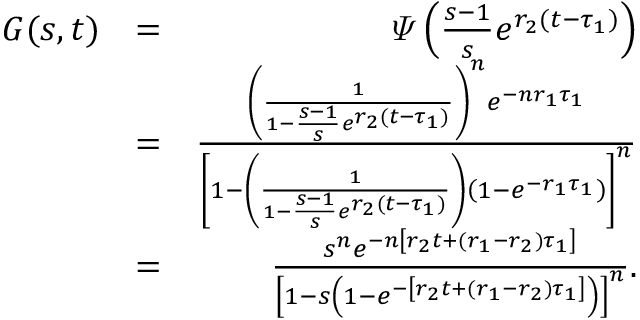
\begin{array} { r l r } { G ( s , t ) } & { = } & { \varPsi \left( \frac { s - 1 } { s } e ^ { r _ { 2 } ( t - \tau _ { 1 } ) } \right) } \\ & { = } & { \frac { \left( \frac { 1 } { 1 - \frac { s - 1 } { s } e ^ { r _ { 2 } ( t - \tau _ { 1 } ) } } \right) ^ { n } e ^ { - n r _ { 1 } \tau _ { 1 } } } { \left[ 1 - { \left( \frac { 1 } { 1 - \frac { s - 1 } { s } e ^ { r _ { 2 } ( t - \tau _ { 1 } ) } } \right) } \left( 1 - e ^ { - r _ { 1 } \tau _ { 1 } } \right) \right] ^ { n } } } \\ & { = } & { \frac { s ^ { n } e ^ { - n \left[ r _ { 2 } t + ( r _ { 1 } - r _ { 2 } ) \tau _ { 1 } \right] } } { \left[ 1 - s \left( 1 - e ^ { - \left[ r _ { 2 } t + ( r _ { 1 } - r _ { 2 } ) \tau _ { 1 } \right] } \right) \right] ^ { n } } . } \end{array}